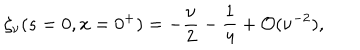
LaTeX: \zeta _ { \nu } ( s = 0 , x = 0 ^ { + } ) = \displaystyle { { { - \frac { \nu } { 2 } } - \frac { 1 } { 4 } } + { \cal O } ( \nu ^ { - 2 } ) } ,